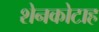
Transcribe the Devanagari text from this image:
शेनकोटाह